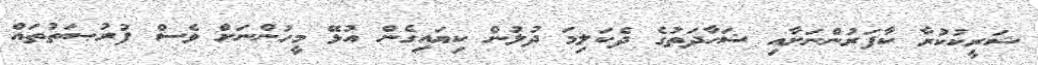
ޝަރީކުކުރާ ކާފަރުންނަށާއި ޝަހާދަތުގެ ދެކަލިމަ ދުލުން ކިޔައިގެން އުޅޭ މީހުންނަށް ވެސް ފުރުޞަތުތައް